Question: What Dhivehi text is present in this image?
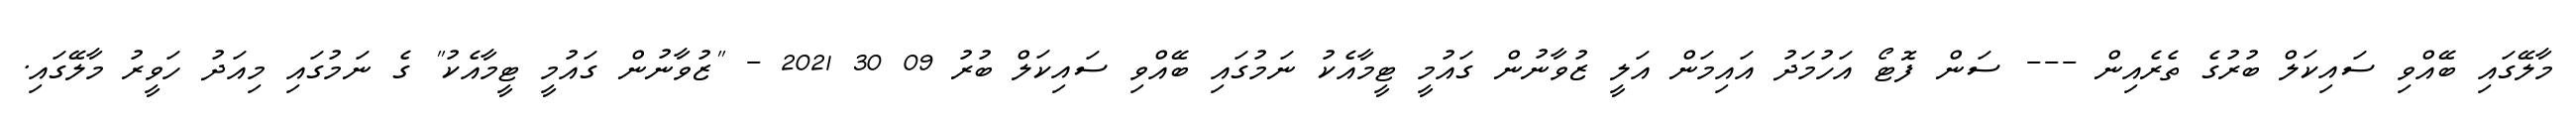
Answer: މާލޭގައި ބޭއްވި ސައިކަލް ބުރުގެ ތެރެއިން --- ސަން ފޮޓޯ އަހުމަދު އައިމަން އަލީ ޒުވާނުން ގައުމީ ޓީމާއެކު ނަމުގައި ބޭއްވި ސައިކަލް ބުރު 09 30 2021 - "ޒުވާނުން ގައުމީ ޓީމާއެކު" ގެ ނަމުގައި މިއަދު ހަވީރު މާލޭގައި.